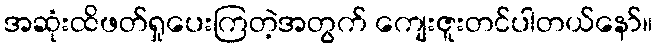
အဆုံးထိဖတ်ရှုပေးကြတဲ့အတွက် ကျေးဇူးတင်ပါတယ်နော်။